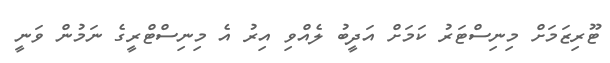
ޓޫރިޒަމަށް މިނިސްޓަރު ކަމަށް އަދީބު ލެއްވި އިރު އެ މިނިސްޓްރީގެ ނަމުން ވަނީ